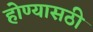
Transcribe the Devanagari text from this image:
होण्यासठी